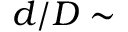
d / D \sim